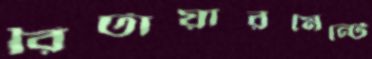
রিটায়ারমেন্টে